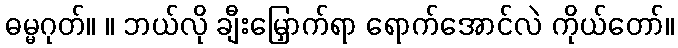
ဓမ္မဂုတ်။ ။ ဘယ်လို ချီးမြှောက်ရာ ရောက်အောင်လဲ ကိုယ်တော်။